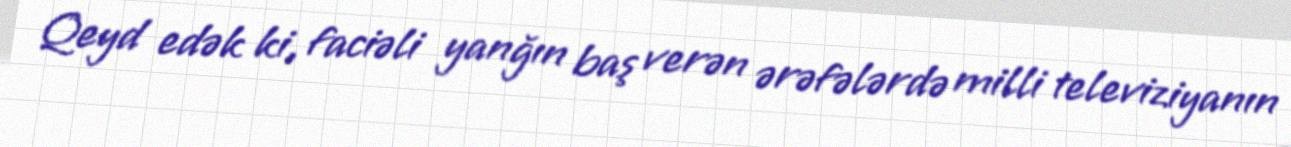
Qeyd edək ki, faciəli yanğın baş verən ərəfələrdə milli televiziyanın